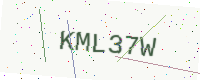
Text: KML37W